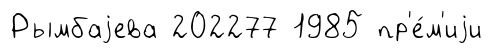
Рымбаjева 202277 1985 пр'е́м'иjи